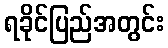
ရခိုင်ပြည်အတွင်း